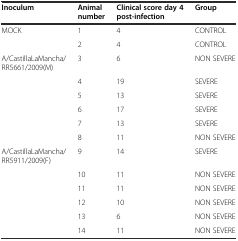
| Inoculum | Animal number | Clinical score day 4 post-infection | Group |
 | --- | --- | --- | --- |
 | MOCK | 1 | 4 | CONTROL |
 |  | 2 | 4 | CONTROL |
 | A/CastillaLaMancha/RR5661/2009(M) | 3 | 6 | NON SEVERE |
 |  | 4 | 19 | SEVERE |
 |  | 5 | 13 | SEVERE |
 |  | 6 | 17 | SEVERE |
 |  | 7 | 13 | SEVERE |
 |  | 8 | 11 | NON SEVERE |
 | A/CastillaLaMancha/RR5911/2009(F) | 9 | 14 | SEVERE |
 |  | 10 | 11 | NON SEVERE |
 |  | 11 | 11 | NON SEVERE |
 |  | 12 | 10 | NON SEVERE |
 |  | 13 | 6 | NON SEVERE |
 |  | 14 | 11 | NON SEVERE |